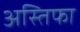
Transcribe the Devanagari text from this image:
अस्तिफा